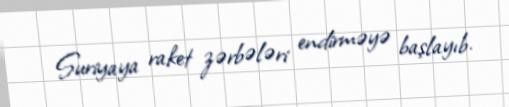
Suriyaya raket zərbələri endirməyə başlayıb.